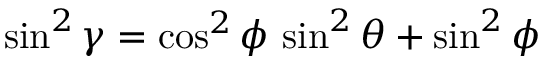
\sin ^ { 2 } \gamma = \cos ^ { 2 } \phi \, \sin ^ { 2 } \theta + \sin ^ { 2 } \phi